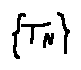
\{ T _ { N } \}